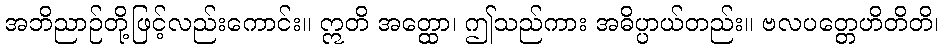
အဘိညာဉ်တို့ဖြင့်လည်းကောင်း။ ဣတိ အတ္ထော၊ ဤသည်ကား အဓိပ္ပာယ်တည်း။ ဗလပတ္တေဟိတိတိ၊